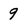
Character: 9